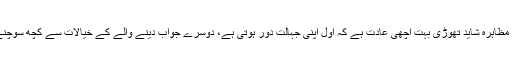
سوال پوچھنے میں بے شرمی کا مظاہرہ شاید تھوڑی بہت اچھی عادت ہے کہ اول اپنی جہالت دور ہوتی ہے، دوسرے جواب دینے والے کے خیالات سے کچھ سوچنے سمجھنے کا موقع مل جاتا ہے۔